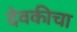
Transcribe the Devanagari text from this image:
देवकीचा